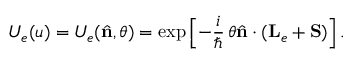
U _ { e } ( u ) = U _ { e } ( { \hat { \mathbf { n } } } , \theta ) = \exp \left[ - \frac { i } { \hbar } \, \theta { \hat { \mathbf { n } } } \cdot ( { \mathbf { L } } _ { e } + { \mathbf { S } } ) \right] .